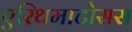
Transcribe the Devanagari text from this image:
एरिथमाटोसस